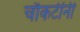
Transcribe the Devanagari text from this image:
चौकटींनी